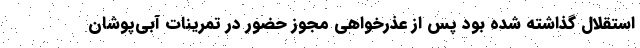
استقلال گذاشته شده بود پس از عذرخواهی مجوز حضور در تمرینات آبی‌پوشان